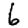
Digit: 6